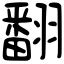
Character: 翻